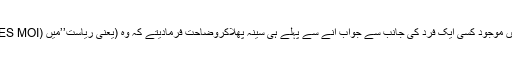
دربار میں موجود کسی ایک فرد کی جانب سے جواب آنے سے پہلے ہی سینہ پھلاکروضاحت فرمادیتے کہ وہ (یعنی ریاست’’میں (LES MOI)‘‘ہوں۔